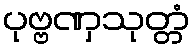
ပုဗ္ဗဏှသုတ္တံ